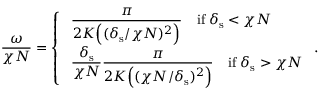
\frac { \omega } { \chi N } = \left\{ \begin{array} { l l } { \displaystyle \; \frac { \pi } { 2 K \Big ( ( \delta _ { \mathrm { s } } / \chi N ) ^ { 2 } \Big ) } \quad \mathrm { i f } \; \delta _ { \mathrm { s } } < \chi N } \\ { \displaystyle \; \frac { \delta _ { \mathrm { s } } } { \chi N } \frac { \pi } { 2 K \Big ( ( \chi N / \delta _ { \mathrm { s } } ) ^ { 2 } \Big ) } \quad \mathrm { i f } \; \delta _ { \mathrm { s } } > \chi N } \end{array} \right. .